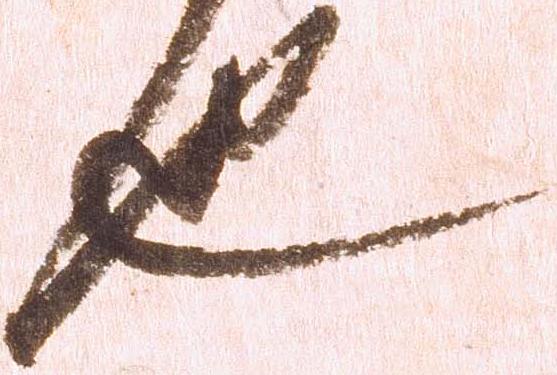
也